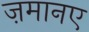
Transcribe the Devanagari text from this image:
ज़मानए